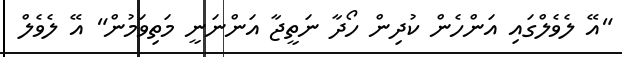
"އޭ ލެވެލްގައި އަންހެން ކުދިން ހޯދާ ނަތީޖާ އަންނަނީ މަތިވަމުން" އޭ ލެވެލް